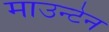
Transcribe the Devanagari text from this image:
माउन्‍टेन